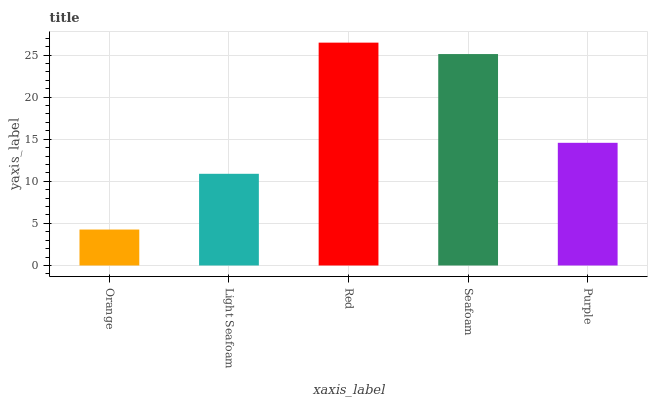
| xaxis_label | bars |
 | --- | --- |
 | Orange | 4.27 |
 | Light Seafoam | 10.9 |
 | Red | 26.5 |
 | Seafoam | 25.1 |
 | Purple | 14.6 |